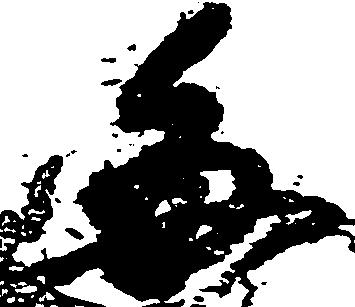
毎